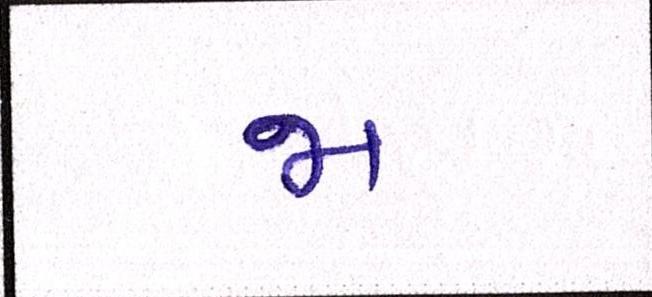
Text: જા